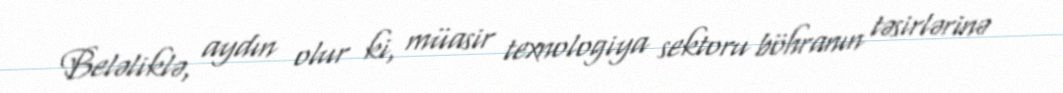
Beləliklə, aydın olur ki, müasir texnologiya sektoru böhranın təsirlərinə